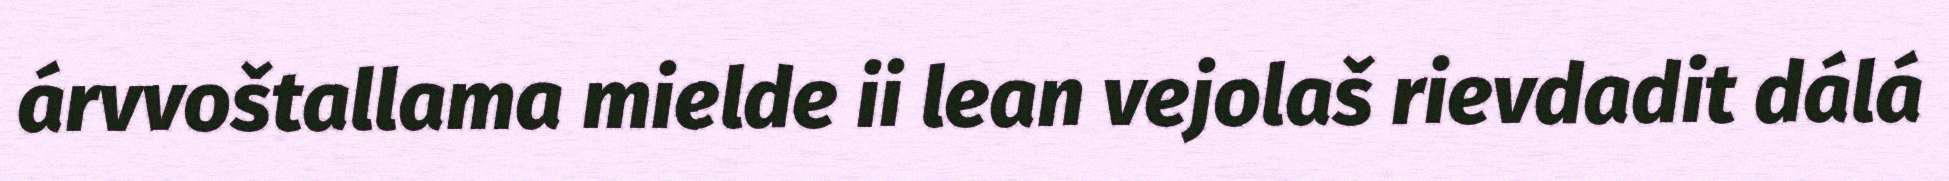
árvvoštallama mielde ii lean vejolaš rievdadit dálá